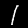
Digit: 1